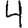
Digit: 4